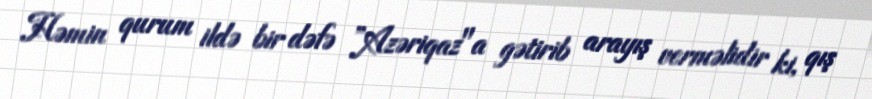
Həmin qurum ildə bir dəfə ”Azəriqaz"a gətirib arayış verməlidir ki, qış